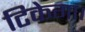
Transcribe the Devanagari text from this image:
टिकेगा।